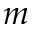
m